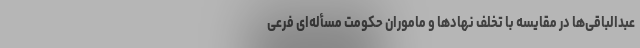
عبدالباقی‌ها در مقایسه با تخلف نهادها و ماموران حکومت مسأله‌ای فرعی